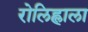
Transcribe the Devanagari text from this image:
रोलिह्लाला